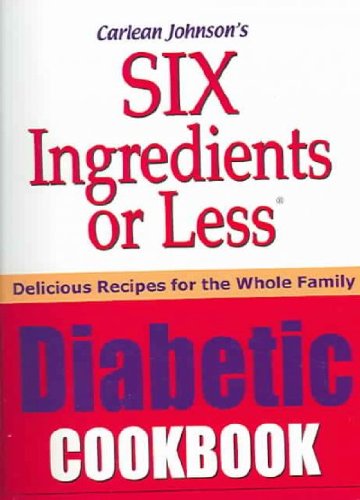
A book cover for Six Ingredients or Less Diabetic Cookbook; Carlean Johnson; Cookbooks, Food & Wine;